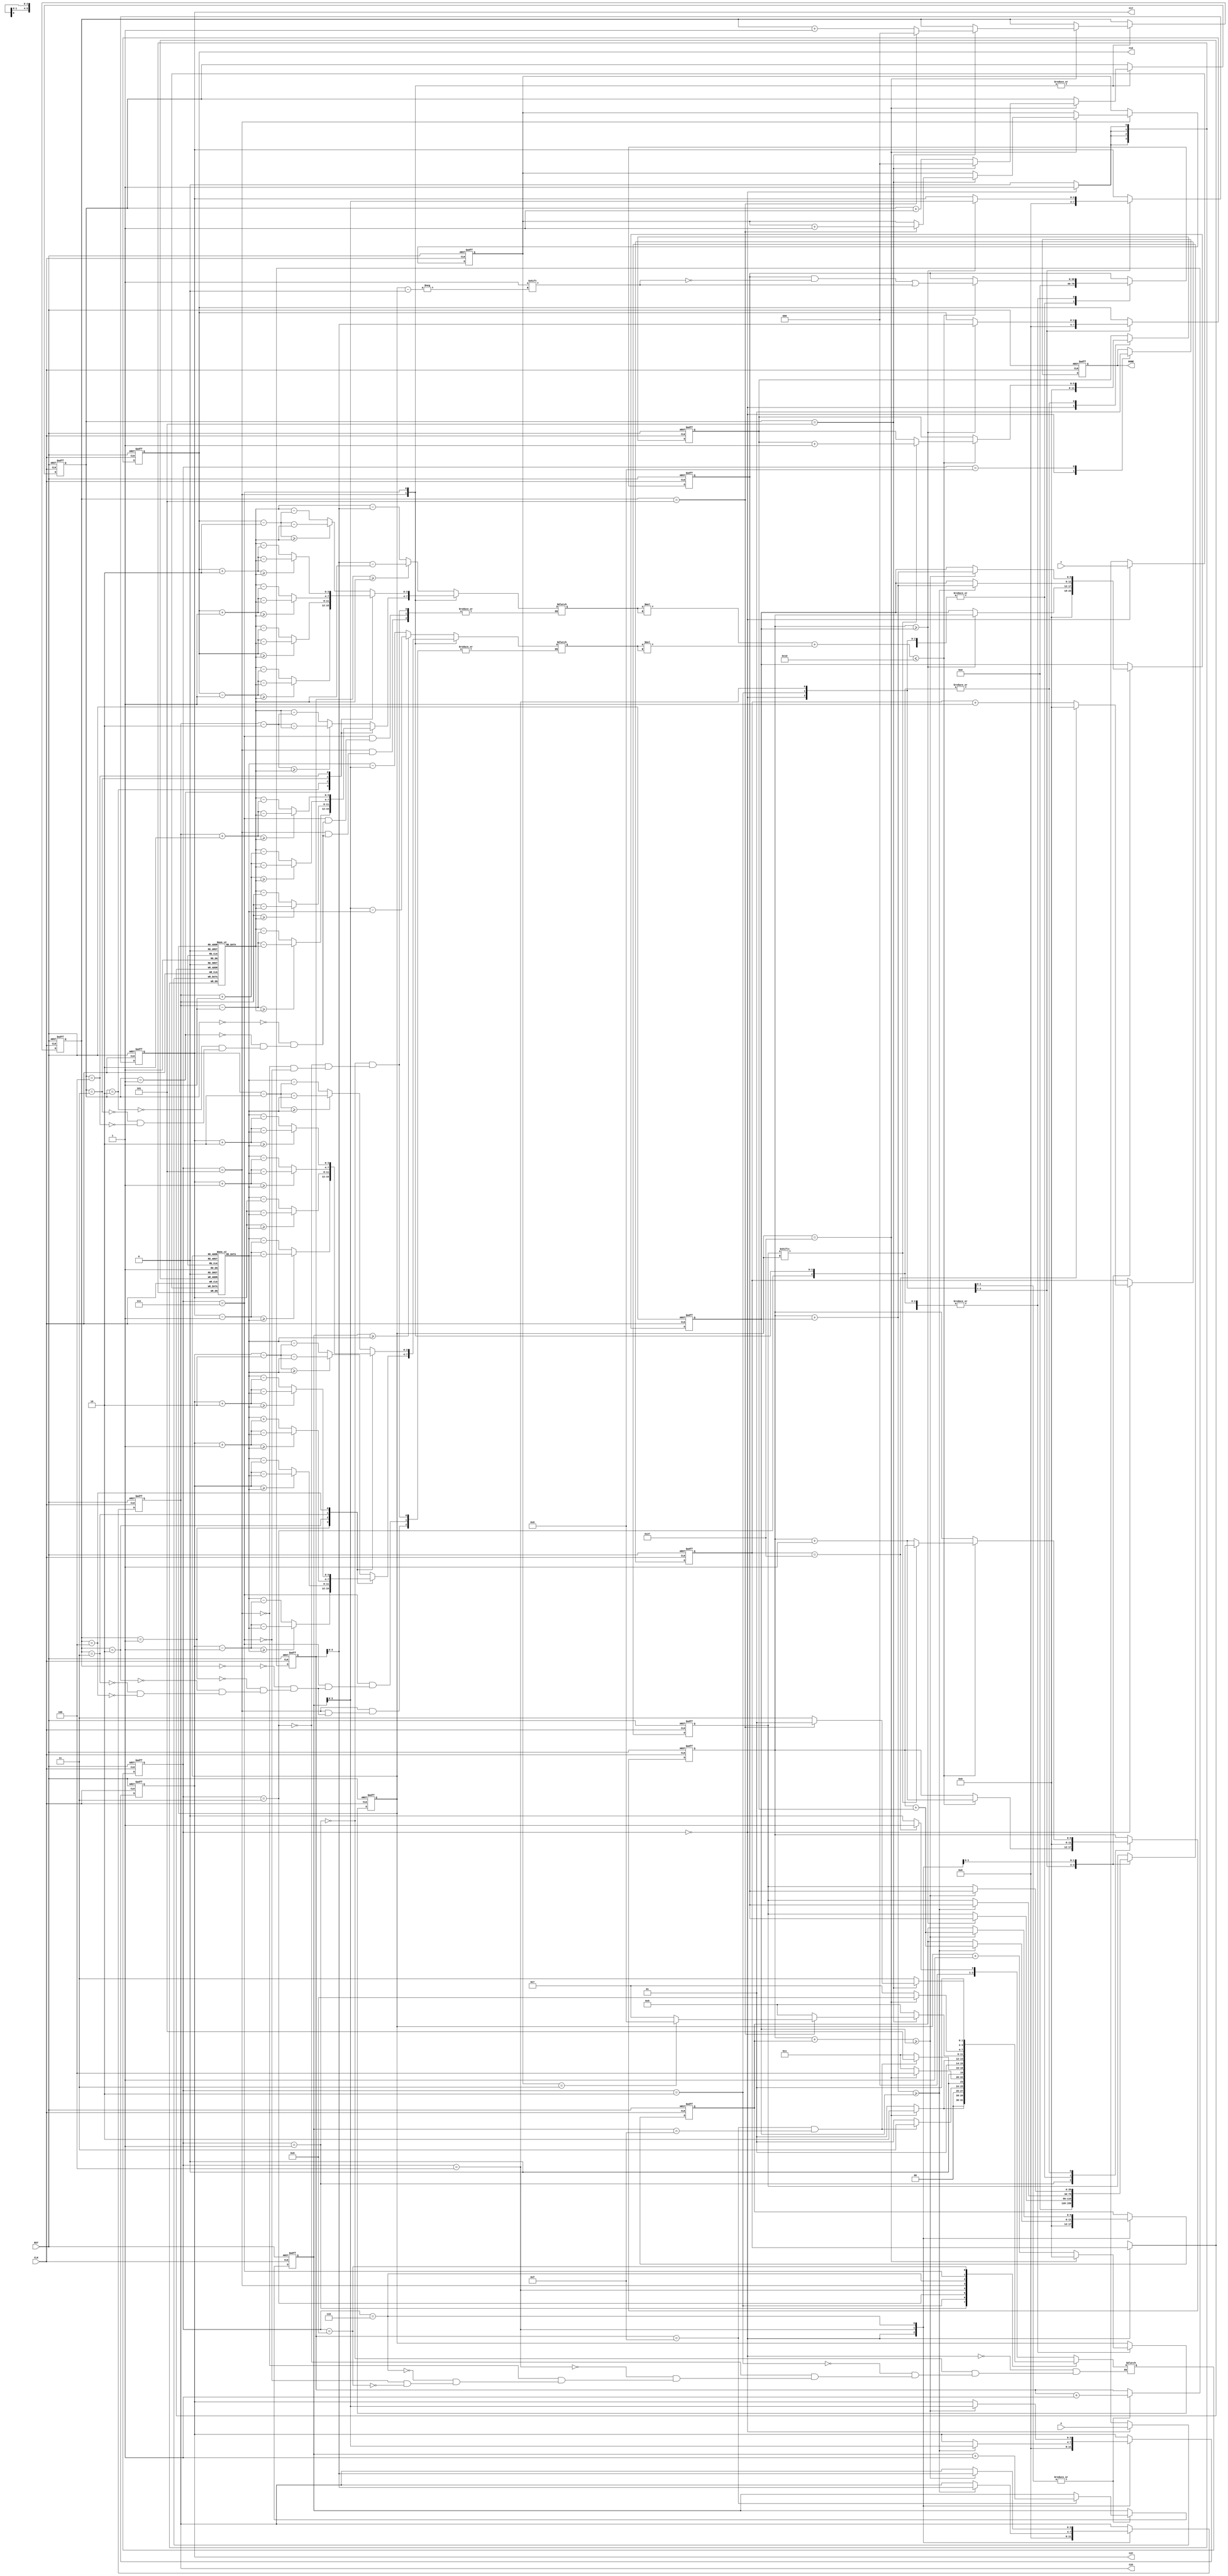
module LASER (
input CLK,
input RST,
input [3:0] X,
input [3:0] Y,
output reg [3:0] C1X,
output reg [3:0] C1Y,
output reg [3:0] C2X,
output reg [3:0] C2Y,
output reg DONE);

//state change
reg [3:0] state;
reg [3:0] next_state;

//state control
parameter
PATTERN_READ=4'd0,
FIRST_CIRCLE_CALCULATE=4'd1,
FIRST_CIRCLE_COMPARE=4'd2,
CIRCLE2_CALCULATE=4'd3,
CIRCLE2_COMPARE=4'd4,
REFLASH_CIRCLE1_CALCULATE=4'd5,
REFLASH_CIRCLE1_COMPARE=4'd6,
REFLASH_CIRCLE2_CALCULATE=4'd7,
REFLASH_CIRCLE2_COMPARE=4'd8,
RESULT_OUTPUT=4'd9;

//read counter
reg [5:0] read_counter;

//pattern X axis
reg [3:0] pattern_X_axis [0:39];

//pattern Y axis
reg [3:0] pattern_Y_axis [0:39];

//calculate counter
reg [5:0] calculate_counter;

//compare X axis
reg [5:0] compare_X_axis;

//compare Y axis
reg [5:0] compare_Y_axis;

//distance X input
reg [3:0] distance_X_input;

//distance X calculate
wire [7:0] distance_X_calculate=distance_X_input*distance_X_input;

//distance Y input
reg [3:0] distance_Y_input;

//distance Y calculate
wire [7:0] distance_Y_calculate=distance_Y_input*distance_Y_input;

//tmp max cover
reg [5:0] tmp_max_cover;

//tmp cover
reg [39:0] tmp_cover;

//max cover counter pattern
reg [5:0] max_cover_counter_pattern;

//compare cover
reg [39:0] compare_cover;

//real cover
reg [5:0] real_cover;

//overlap
reg [5:0] overlap;

//X axis offset
reg [2:0] X_axis_offset;

//Y axis offset
reg [2:0] Y_axis_offset;

//round
reg [1:0] round;

//DONE
// reg DONE;

//state change
always@(posedge CLK or posedge RST)
begin
	if(RST)
	begin
		state<=PATTERN_READ;
	end
	else
	begin
		state<=next_state;
	end	
end

//state control
always@(*)
begin
	case(state)
	PATTERN_READ:
	begin
		if(read_counter==6'd39)
		begin
			next_state=FIRST_CIRCLE_CALCULATE;
		end
		else
		begin
			next_state=PATTERN_READ;
		end		
	end
	FIRST_CIRCLE_CALCULATE:
	begin
		if(calculate_counter==6'd39)
		begin
			next_state=FIRST_CIRCLE_COMPARE;
		end
		else
		begin
			next_state=FIRST_CIRCLE_CALCULATE;
		end
	end
	FIRST_CIRCLE_COMPARE:
	begin
		if( (compare_X_axis==4'd15) && (compare_Y_axis==4'd15) )
		begin
			next_state=CIRCLE2_CALCULATE;
		end
		else
		begin
			next_state=FIRST_CIRCLE_CALCULATE;
		end
	end
	CIRCLE2_CALCULATE:
	begin
		if(calculate_counter==6'd39)
		begin
			next_state=CIRCLE2_COMPARE;
		end
		else
		begin
			next_state=CIRCLE2_CALCULATE;
		end
	end
	CIRCLE2_COMPARE:
	begin
		if( (compare_X_axis==4'd15) && (compare_Y_axis==4'd15) )
		begin
			next_state=REFLASH_CIRCLE1_CALCULATE;
		end
		else
		begin
			next_state=CIRCLE2_CALCULATE;
		end
	end
	REFLASH_CIRCLE1_CALCULATE:
	begin
		if(calculate_counter==6'd39)
		begin
			next_state=REFLASH_CIRCLE1_COMPARE;
		end
		else
		begin
			next_state=REFLASH_CIRCLE1_CALCULATE;
		end
	end
	REFLASH_CIRCLE1_COMPARE:
	begin
		if(X_axis_offset==3'd5)
		begin
			if(Y_axis_offset==3'd5)
			begin
				if(round==2'd3)
				begin
					next_state=RESULT_OUTPUT;
				end
				else
				begin
					next_state=REFLASH_CIRCLE2_CALCULATE;
				end
			end
			else
			begin
				next_state=REFLASH_CIRCLE1_CALCULATE;
			end
		end
		else
		begin
			next_state=REFLASH_CIRCLE1_CALCULATE;
		end
	end
	REFLASH_CIRCLE2_CALCULATE:
	begin
		if(calculate_counter==6'd39)
		begin
			next_state=REFLASH_CIRCLE2_COMPARE;
		end
		else
		begin
			next_state=REFLASH_CIRCLE2_CALCULATE;
		end
	end
	REFLASH_CIRCLE2_COMPARE:
	begin
		if(X_axis_offset==3'd5)
		begin
			if(Y_axis_offset==3'd5)
			begin
				next_state=REFLASH_CIRCLE1_CALCULATE;
			end
			else
			begin
				next_state=REFLASH_CIRCLE2_CALCULATE;
			end
		end
		else
		begin
			next_state=REFLASH_CIRCLE2_CALCULATE;
		end
	end
	endcase
end

//read counter
always@(posedge CLK or posedge RST)
begin
	if(RST)
	begin
		read_counter<=6'd0;
	end
	else
	begin
		case(state)
		PATTERN_READ:
		begin
			if(read_counter==6'd39)
			begin
				read_counter<=6'd0;
			end
			else
			begin
				read_counter<=read_counter+6'd1;
			end
		end
		endcase
	end
end

//pattern X axis , pattern Y axis
always@(posedge CLK)
begin
	case(state)
	PATTERN_READ:
	begin
		pattern_X_axis[read_counter]<=X;
		pattern_Y_axis[read_counter]<=Y;
	end
	endcase
end

//calculate counter
always@(posedge CLK or posedge RST)
begin
	if(RST)
	begin
		calculate_counter<=6'd0;
	end
	else
	begin
		case(state)
		FIRST_CIRCLE_CALCULATE:
		begin
			if(calculate_counter==6'd39)
			begin
				calculate_counter<=6'd0;
			end
			else
			begin
				calculate_counter<=calculate_counter+6'd1;
			end
		end
		CIRCLE2_CALCULATE:
		begin
			if(calculate_counter==6'd39)
			begin
				calculate_counter<=6'd0;
			end
			else
			begin
				calculate_counter<=calculate_counter+6'd1;
			end
		end
		REFLASH_CIRCLE1_CALCULATE:
		begin
			if(calculate_counter==6'd39)
			begin
				calculate_counter<=6'd0;
			end
			else
			begin
				calculate_counter<=calculate_counter+6'd1;
			end
		end
		REFLASH_CIRCLE2_CALCULATE:
		begin
			if(calculate_counter==6'd39)
			begin
				calculate_counter<=6'd0;
			end
			else
			begin
				calculate_counter<=calculate_counter+6'd1;
			end
		end
		endcase
	end
end

//compare X axis
always@(posedge CLK or posedge RST)
begin
	if(RST)
	begin
		compare_X_axis<=4'd0;
	end
	else
	begin
		case(state)
		FIRST_CIRCLE_COMPARE:
		begin
			compare_X_axis<=compare_X_axis+4'd1;
		end
		CIRCLE2_COMPARE:
		begin
			compare_X_axis<=compare_X_axis+4'd1;
		end
		endcase
	end
end

//compare Y axis
always@(posedge CLK or posedge RST)
begin
	if(RST)
	begin
		compare_Y_axis<=4'd0;
	end
	else
	begin
		case(state)
		FIRST_CIRCLE_COMPARE:
		begin
			if(compare_X_axis==4'd15)
			begin
				compare_Y_axis<=compare_Y_axis+4'd1;
			end
		end
		CIRCLE2_COMPARE:
		begin
			if(compare_X_axis==4'd15)
			begin
				compare_Y_axis<=compare_Y_axis+4'd1;
			end
		end
		endcase
	end
end

//distance X input
always@(*)
begin
	case(state)
	FIRST_CIRCLE_CALCULATE:
	begin
		if(compare_X_axis>=pattern_X_axis[calculate_counter])
		begin
			distance_X_input=compare_X_axis-pattern_X_axis[calculate_counter];
		end
		else
		begin
			distance_X_input=pattern_X_axis[calculate_counter]-compare_X_axis;
		end	
	end
	CIRCLE2_CALCULATE:
	begin
		if(compare_X_axis>=pattern_X_axis[calculate_counter])
		begin
			distance_X_input=compare_X_axis-pattern_X_axis[calculate_counter];
		end
		else
		begin
			distance_X_input=pattern_X_axis[calculate_counter]-compare_X_axis;
		end	
	end
	REFLASH_CIRCLE1_CALCULATE:
	begin
		case(X_axis_offset)
		3'd0:
		begin
			if( (C2X-3'd2) >=pattern_X_axis[calculate_counter])
			begin
				distance_X_input= (C2X-3'd2)-pattern_X_axis[calculate_counter];
			end
			else
			begin
				distance_X_input= pattern_X_axis[calculate_counter]-(C2X-3'd2);
			end
		end
		3'd1:
		begin
			if( (C2X-3'd1) >=pattern_X_axis[calculate_counter])
			begin
				distance_X_input= (C2X-3'd1)-pattern_X_axis[calculate_counter];
			end
			else
			begin
				distance_X_input= pattern_X_axis[calculate_counter]-(C2X-3'd1);
			end
		end
		3'd2:
		begin
			if( C2X >=pattern_X_axis[calculate_counter])
			begin
				distance_X_input= C2X-pattern_X_axis[calculate_counter];
			end
			else
			begin
				distance_X_input= pattern_X_axis[calculate_counter]-C2X;
			end
		end
		3'd3:
		begin
			if( (C2X+3'd1) >=pattern_X_axis[calculate_counter])
			begin
				distance_X_input= (C2X+3'd1)-pattern_X_axis[calculate_counter];
			end
			else
			begin
				distance_X_input= pattern_X_axis[calculate_counter]-(C2X+3'd1);
			end
		end
		3'd4:
		begin
			if( (C2X+3'd2) >=pattern_X_axis[calculate_counter])
			begin
				distance_X_input= (C2X+3'd2)-pattern_X_axis[calculate_counter];
			end
			else
			begin
				distance_X_input= pattern_X_axis[calculate_counter]-(C2X+3'd2);
			end
		end
		endcase
	end
	REFLASH_CIRCLE2_CALCULATE:
	begin
		case(X_axis_offset)
		3'd0:
		begin
			if( (C1X-3'd2) >=pattern_X_axis[calculate_counter])
			begin
				distance_X_input= (C1X-3'd2)-pattern_X_axis[calculate_counter];
			end
			else
			begin
				distance_X_input= pattern_X_axis[calculate_counter]-(C1X-3'd2);
			end
		end
		3'd1:
		begin
			if( (C1X-3'd1) >=pattern_X_axis[calculate_counter])
			begin
				distance_X_input= (C1X-3'd1)-pattern_X_axis[calculate_counter];
			end
			else
			begin
				distance_X_input= pattern_X_axis[calculate_counter]-(C1X-3'd1);
			end
		end
		3'd2:
		begin
			if( C1X >=pattern_X_axis[calculate_counter])
			begin
				distance_X_input= C1X-pattern_X_axis[calculate_counter];
			end
			else
			begin
				distance_X_input= pattern_X_axis[calculate_counter]-C1X;
			end
		end
		3'd3:
		begin
			if( (C1X+3'd1) >=pattern_X_axis[calculate_counter])
			begin
				distance_X_input= (C1X+3'd1)-pattern_X_axis[calculate_counter];
			end
			else
			begin
				distance_X_input= pattern_X_axis[calculate_counter]-(C1X+3'd1);
			end
		end
		3'd4:
		begin
			if( (C1X+3'd2) >=pattern_X_axis[calculate_counter])
			begin
				distance_X_input= (C1X+3'd2)-pattern_X_axis[calculate_counter];
			end
			else
			begin
				distance_X_input= pattern_X_axis[calculate_counter]-(C1X+3'd2);
			end
		end
		endcase
	end
	endcase
end

//distance Y input
always@(*)
begin
	case(state)
	FIRST_CIRCLE_CALCULATE:
	begin
		if(compare_Y_axis>=pattern_Y_axis[calculate_counter])
		begin
			distance_Y_input=compare_Y_axis-pattern_Y_axis[calculate_counter];
		end
		else
		begin
			distance_Y_input=pattern_Y_axis[calculate_counter]-compare_Y_axis;
		end	
	end
	CIRCLE2_CALCULATE:
	begin	
		if(compare_Y_axis>=pattern_Y_axis[calculate_counter])
		begin
			distance_Y_input=compare_Y_axis-pattern_Y_axis[calculate_counter];
		end
		else
		begin
			distance_Y_input=pattern_Y_axis[calculate_counter]-compare_Y_axis;
		end	
	end
	REFLASH_CIRCLE1_CALCULATE:
	begin
		case(Y_axis_offset)
		3'd0:
		begin
			if( (C2Y-3'd2) >=pattern_Y_axis[calculate_counter])
			begin
				distance_Y_input= (C2Y-3'd2)-pattern_Y_axis[calculate_counter];
			end
			else
			begin
				distance_Y_input= pattern_Y_axis[calculate_counter]-(C2Y-3'd2);
			end
		end
		3'd1:
		begin
			if( (C2Y-3'd1) >=pattern_Y_axis[calculate_counter])
			begin
				distance_Y_input= (C2Y-3'd1)-pattern_Y_axis[calculate_counter];
			end
			else
			begin
				distance_Y_input= pattern_Y_axis[calculate_counter]-(C2Y-3'd1);
			end
		end
		3'd2:
		begin
			if( C2Y >=pattern_Y_axis[calculate_counter])
			begin
				distance_Y_input= C2Y-pattern_Y_axis[calculate_counter];
			end
			else
			begin
				distance_Y_input= pattern_Y_axis[calculate_counter]-C2Y;
			end
		end
		3'd3:
		begin
			if( (C2Y+3'd1) >=pattern_Y_axis[calculate_counter])
			begin
				distance_Y_input= (C2Y+3'd1)-pattern_Y_axis[calculate_counter];
			end
			else
			begin
				distance_Y_input= pattern_Y_axis[calculate_counter]+(C2Y+3'd1);
			end
		end
		3'd4:
		begin
			if( (C2Y+3'd2) >=pattern_Y_axis[calculate_counter])
			begin
				distance_Y_input= (C2Y+3'd2)-pattern_Y_axis[calculate_counter];
			end
			else
			begin
				distance_Y_input= pattern_Y_axis[calculate_counter]-(C2Y+3'd2);
			end
		end
		endcase
	end
	REFLASH_CIRCLE2_CALCULATE:
	begin
		case(Y_axis_offset)
		3'd0:
		begin
			if( (C1Y-3'd2) >=pattern_Y_axis[calculate_counter])
			begin
				distance_Y_input= (C1Y-3'd2)-pattern_Y_axis[calculate_counter];
			end
			else
			begin
				distance_Y_input= pattern_Y_axis[calculate_counter]-(C1Y-3'd2);
			end
		end
		3'd1:
		begin
			if( (C1Y-3'd1) >=pattern_Y_axis[calculate_counter])
			begin
				distance_Y_input= (C1Y-3'd1)-pattern_Y_axis[calculate_counter];
			end
			else
			begin
				distance_Y_input= pattern_Y_axis[calculate_counter]-(C1Y-3'd1);
			end
		end
		3'd2:
		begin
			if( C1Y >=pattern_Y_axis[calculate_counter])
			begin
				distance_Y_input= C1Y-pattern_Y_axis[calculate_counter];
			end
			else
			begin
				distance_Y_input= pattern_Y_axis[calculate_counter]-C1Y;
			end
		end
		3'd3:
		begin
			if( (C1Y+3'd1) >=pattern_Y_axis[calculate_counter])
			begin
				distance_Y_input= (C1Y+3'd1)-pattern_Y_axis[calculate_counter];
			end
			else
			begin
				distance_Y_input= pattern_Y_axis[calculate_counter]-(C1Y+3'd1);
			end
		end
		3'd4:
		begin
			if( (C1Y+3'd2) >=pattern_Y_axis[calculate_counter])
			begin
				distance_Y_input= (C1Y+3'd2)-pattern_Y_axis[calculate_counter];
			end
			else
			begin
				distance_Y_input= pattern_Y_axis[calculate_counter]-(C1Y+3'd2);
			end
		end
		endcase
	end
	endcase
end

//C1X , C1Y , C2X , C2Y ,tmp max cover , max_cover_counter_pattern ,tmp cover
always@(posedge CLK or posedge RST)
begin
	if(RST)
	begin
		C1X<=4'd0;
		C1Y<=4'd0;
		C2X<=4'd0;
		C2Y<=4'd0;		
		tmp_max_cover<=6'd0;
		max_cover_counter_pattern<=6'd0;
		tmp_cover<=40'd0;
		compare_cover<=40'd0;
		overlap<=6'd0;
		real_cover<=6'd0;
	end
	else
	begin
		case(state)
		PATTERN_READ:
		begin
			C1X<=4'd0;
			C1Y<=4'd0;
			C2X<=4'd0;
			C2Y<=4'd0;		
			tmp_max_cover<=6'd0;
			tmp_cover<=40'd0;
			max_cover_counter_pattern<=6'd0;
			compare_cover<=40'd0;
			overlap<=6'd0;
			real_cover<=6'd0;
		end
		FIRST_CIRCLE_CALCULATE:
		begin
			if( (distance_X_calculate+distance_Y_calculate) <= 9'd16 )
			begin
				tmp_max_cover<=tmp_max_cover+6'd1;
				tmp_cover[calculate_counter]<=1'd1;
			end
		end
		FIRST_CIRCLE_COMPARE:
		begin
			tmp_max_cover<=6'd0;
			tmp_cover<=40'd0;

			if(tmp_max_cover>=max_cover_counter_pattern)
			begin
				C1X<=compare_X_axis;
				C1Y<=compare_Y_axis;
				max_cover_counter_pattern<=tmp_max_cover;
				compare_cover<=tmp_cover;
			end
		end
		CIRCLE2_CALCULATE:
		begin
			if( (distance_X_calculate+distance_Y_calculate) <= 9'd16 )
			begin
				tmp_cover[calculate_counter]<=1'd1;

				if(compare_cover[calculate_counter]==1'd0)
				begin
					tmp_max_cover<=tmp_max_cover+6'd1;
				end
				else
				begin
					overlap<=overlap+6'd1;
				end
			end
		end
		CIRCLE2_COMPARE:
		begin
			tmp_max_cover<=6'd0;
			tmp_cover<=40'd0;

			if( (tmp_max_cover+max_cover_counter_pattern) >= max_cover_counter_pattern)
			begin
				real_cover<=tmp_max_cover+overlap;
				C2X<=compare_X_axis;
				C2Y<=compare_Y_axis;
				max_cover_counter_pattern<=tmp_max_cover+max_cover_counter_pattern;
				compare_cover<=tmp_cover;
			end
		end
		REFLASH_CIRCLE1_CALCULATE:
		begin
			if( (distance_X_calculate+distance_Y_calculate) <= 9'd16 )
			begin
				tmp_cover[calculate_counter]<=1'd1;

				if(compare_cover[calculate_counter]==1'd0)
				begin
					tmp_max_cover<=tmp_max_cover+6'd1;
				end
				else
				begin
					overlap<=overlap+6'd1;
				end
			end
		end
		REFLASH_CIRCLE1_COMPARE:
		begin
			tmp_max_cover<=6'd0;
			tmp_cover<=40'd0;

			if( (tmp_max_cover+real_cover) >= max_cover_counter_pattern)
			begin
				real_cover<=tmp_max_cover+overlap;
				C2X<=compare_X_axis;
				C2Y<=compare_Y_axis;
				max_cover_counter_pattern<=tmp_max_cover+max_cover_counter_pattern;
				compare_cover<=tmp_cover;
			end
		end
		REFLASH_CIRCLE2_CALCULATE:
		begin
			if( (distance_X_calculate+distance_Y_calculate) <= 9'd16 )
			begin
				tmp_cover[calculate_counter]<=1'd1;

				if(compare_cover[calculate_counter]==1'd0)
				begin
					tmp_max_cover<=tmp_max_cover+6'd1;
				end
				else
				begin
					overlap<=overlap+6'd1;
				end
			end
		end
		endcase
	end
end

//X axis offset
always@(posedge CLK or posedge RST)
begin
	if(RST)
	begin
		X_axis_offset<=3'd0;
	end
	else
	begin
		case(state)
		REFLASH_CIRCLE1_CALCULATE:
		begin
			if(calculate_counter==6'd39)
			begin
				if(X_axis_offset==3'd5)
				begin
					X_axis_offset<=3'd0;
				end
				else
				begin
					X_axis_offset<=X_axis_offset+3'd1;
				end
			end
		end
		REFLASH_CIRCLE2_CALCULATE:
		begin
			if(calculate_counter==6'd39)
			begin
				if(X_axis_offset==3'd5)
				begin
					X_axis_offset<=3'd0;
				end
				else
				begin
					X_axis_offset<=X_axis_offset+3'd1;
				end
			end
		end
		endcase
	end
end

//Y axis offset
always@(posedge CLK or posedge RST)
begin
	if(RST)
	begin
		Y_axis_offset<=3'd0;
	end
	else
	begin
		case(state)
		REFLASH_CIRCLE1_CALCULATE:
		begin
			if(calculate_counter==6'd39)
			begin
				if(X_axis_offset==3'd5)
				begin
					if(Y_axis_offset==3'd5)
					begin
						Y_axis_offset<=3'd0;
					end
					else
					begin
						Y_axis_offset<=Y_axis_offset+3'd1;
					end
				end
			end
		end
		REFLASH_CIRCLE2_CALCULATE:
		begin
			if(calculate_counter==6'd39)
			begin
				if(X_axis_offset==3'd5)
				begin
					if(Y_axis_offset==3'd5)
					begin
						Y_axis_offset<=3'd0;
					end
					else
					begin
						Y_axis_offset<=Y_axis_offset+3'd1;
					end
				end
			end
		end
		endcase
	end
end

//round
always@(posedge CLK or posedge RST)
begin
	if(RST)
	begin
		round<=2'd0;
	end
	else
	begin
		case(state)
		REFLASH_CIRCLE1_CALCULATE:
		begin
			if(calculate_counter==6'd39)
			begin
				if(X_axis_offset==3'd5)
				begin
					if(Y_axis_offset==3'd5)
					begin
						round<=round+2'd1;
					end
				end
			end
		end
		endcase
	end
end

//DONE
always@(posedge CLK or posedge RST)
begin
	if(RST)
	begin
		DONE<=1'd0;
	end
	else
	begin
		case(state)
		PATTERN_READ:
		begin
			DONE<=1'd0;
		end
		RESULT_OUTPUT:
		begin		
			DONE<=1'd1;
		end
		endcase
	end
end

endmodule